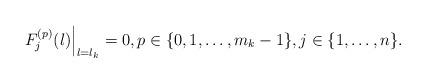
LaTeX: \begin{align*} \left. F_j^{(p)}(\l) \right|_{\l=\l_k}=0, p\in\{0,1,\dots,m_k-1\},j \in \{1,\ldots,n\}.\end{align*}